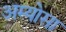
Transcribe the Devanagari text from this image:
अम्योसा